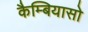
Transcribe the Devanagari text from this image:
कैम्बियासो